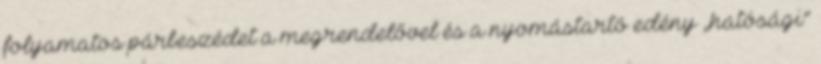
folyamatos párbeszédet a megrendelővel és a nyomástartó edény „hatósági”